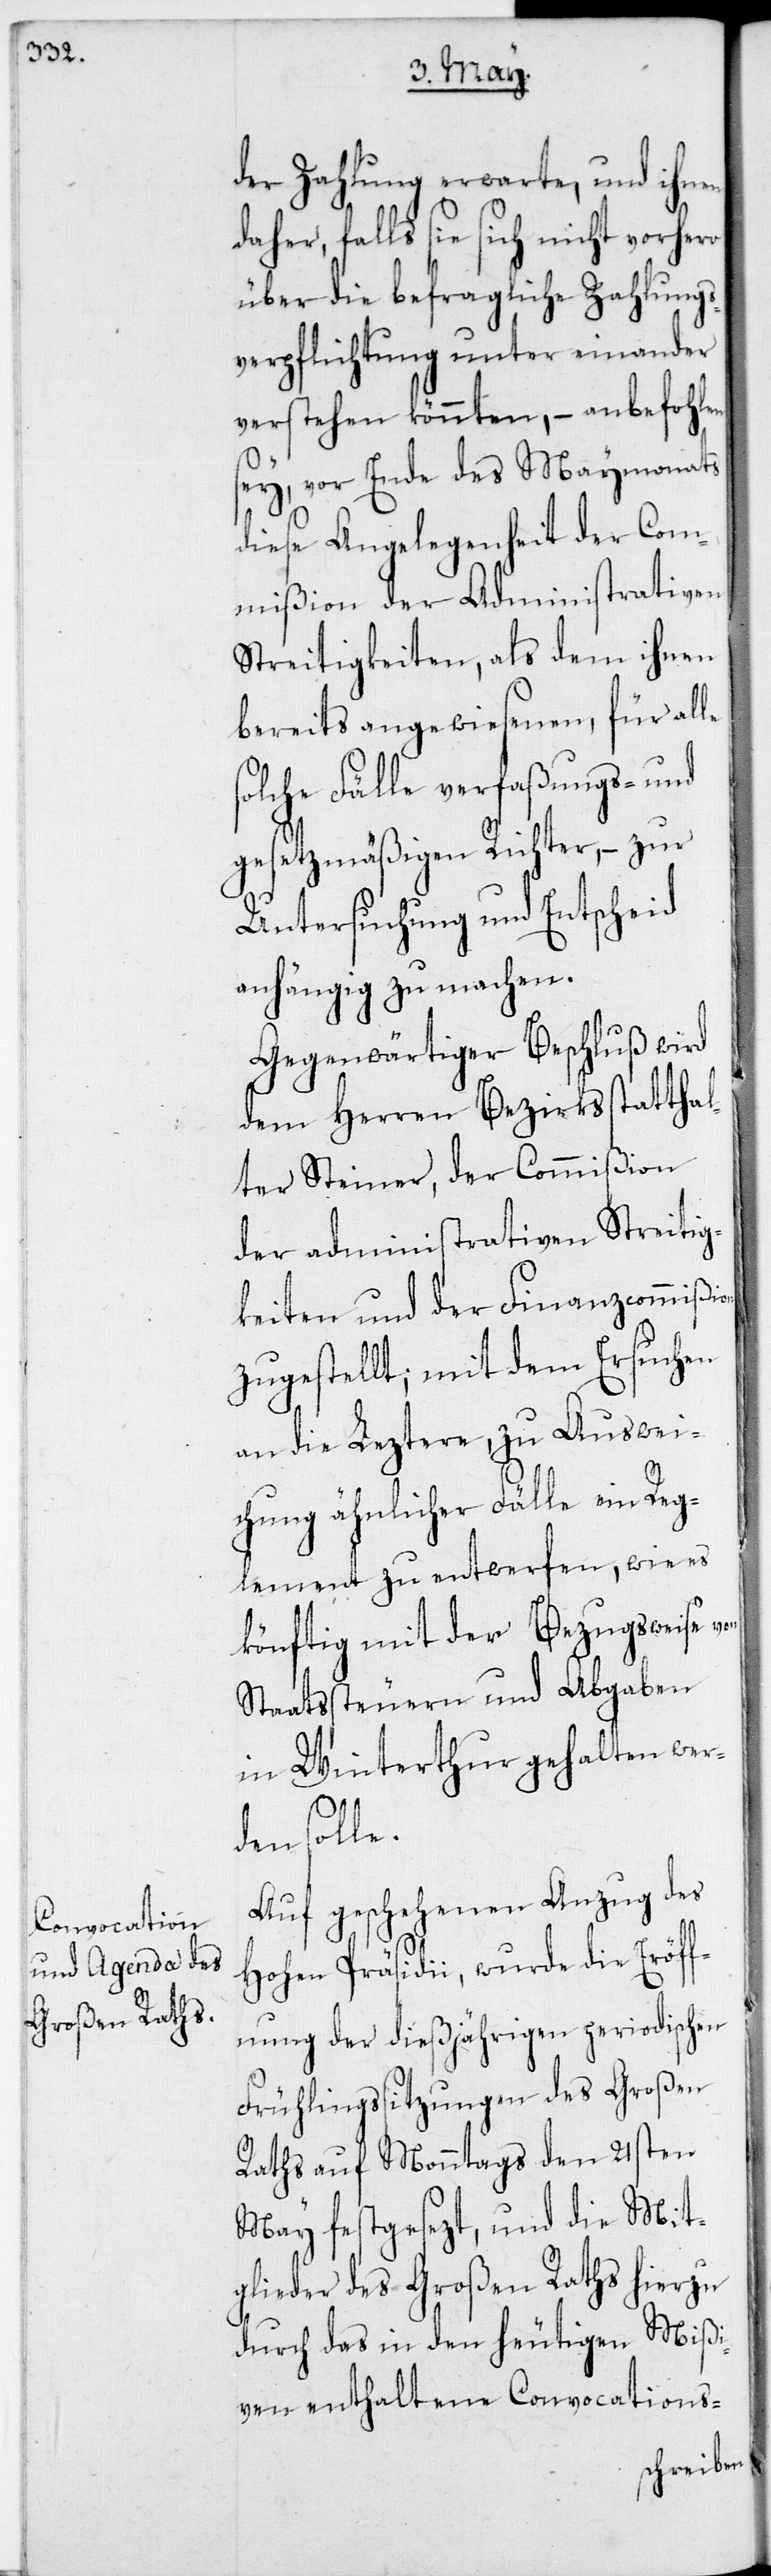
der Zahlung erwarte, und ihnen
daher, falls sie sich nicht vorhero
über die befragliche Zahlungs¬
verpflichtung unter einander
verstehen könnten, – anbefohlen
sey, vor Ende des Maymonats
diese Angelegenheit der Com¬
mißion der Administrativen
Streitigkeiten, als dem ihnen
bereits angewiesenen, für alle
solche Fälle verfaßungs- und
gesetzmäßigen Richter, – zur
Untersuchung und Entscheid
anhängig zu machen.
Gegenwärtiger Beschluß wird
dem Herren Bezirksstatthal¬
ter Steiner, der Commißion
der Administrativen Streitig¬
keiten und der Finanzcommißion
zugestellt; mit dem Ersuchen
an die Leztere, zu Auswei¬
chung ähnlicher Fälle ein Reg¬
lement zu entwerfen, wie es
künftig mit der Bezugsweise von
Staatssteuern und Abgaben
in Winterthur gehalten wer¬
den solle.
Auf geschehenen Anzug des
Hohen Präsidii, wurde die Eröff¬
nung der dießjährigen periodischen
Frühlingssitzungen des Großen
Raths auf Monntags den 21sten
May festgesezt, und die Mit¬
glieder des Großen Raths hierzu
durch das in den heutigen Mißi¬
ven enthaltene Convocations-